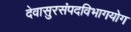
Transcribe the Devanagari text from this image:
देवासुरसंपदविभागयोग